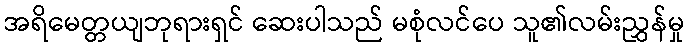
အရိမေတ္တယျဘုရားရှင် ဆေးပါသည် မစုံလင်ပေ သူ၏လမ်းညွှန်မှု